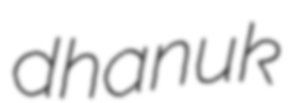
dhanuk